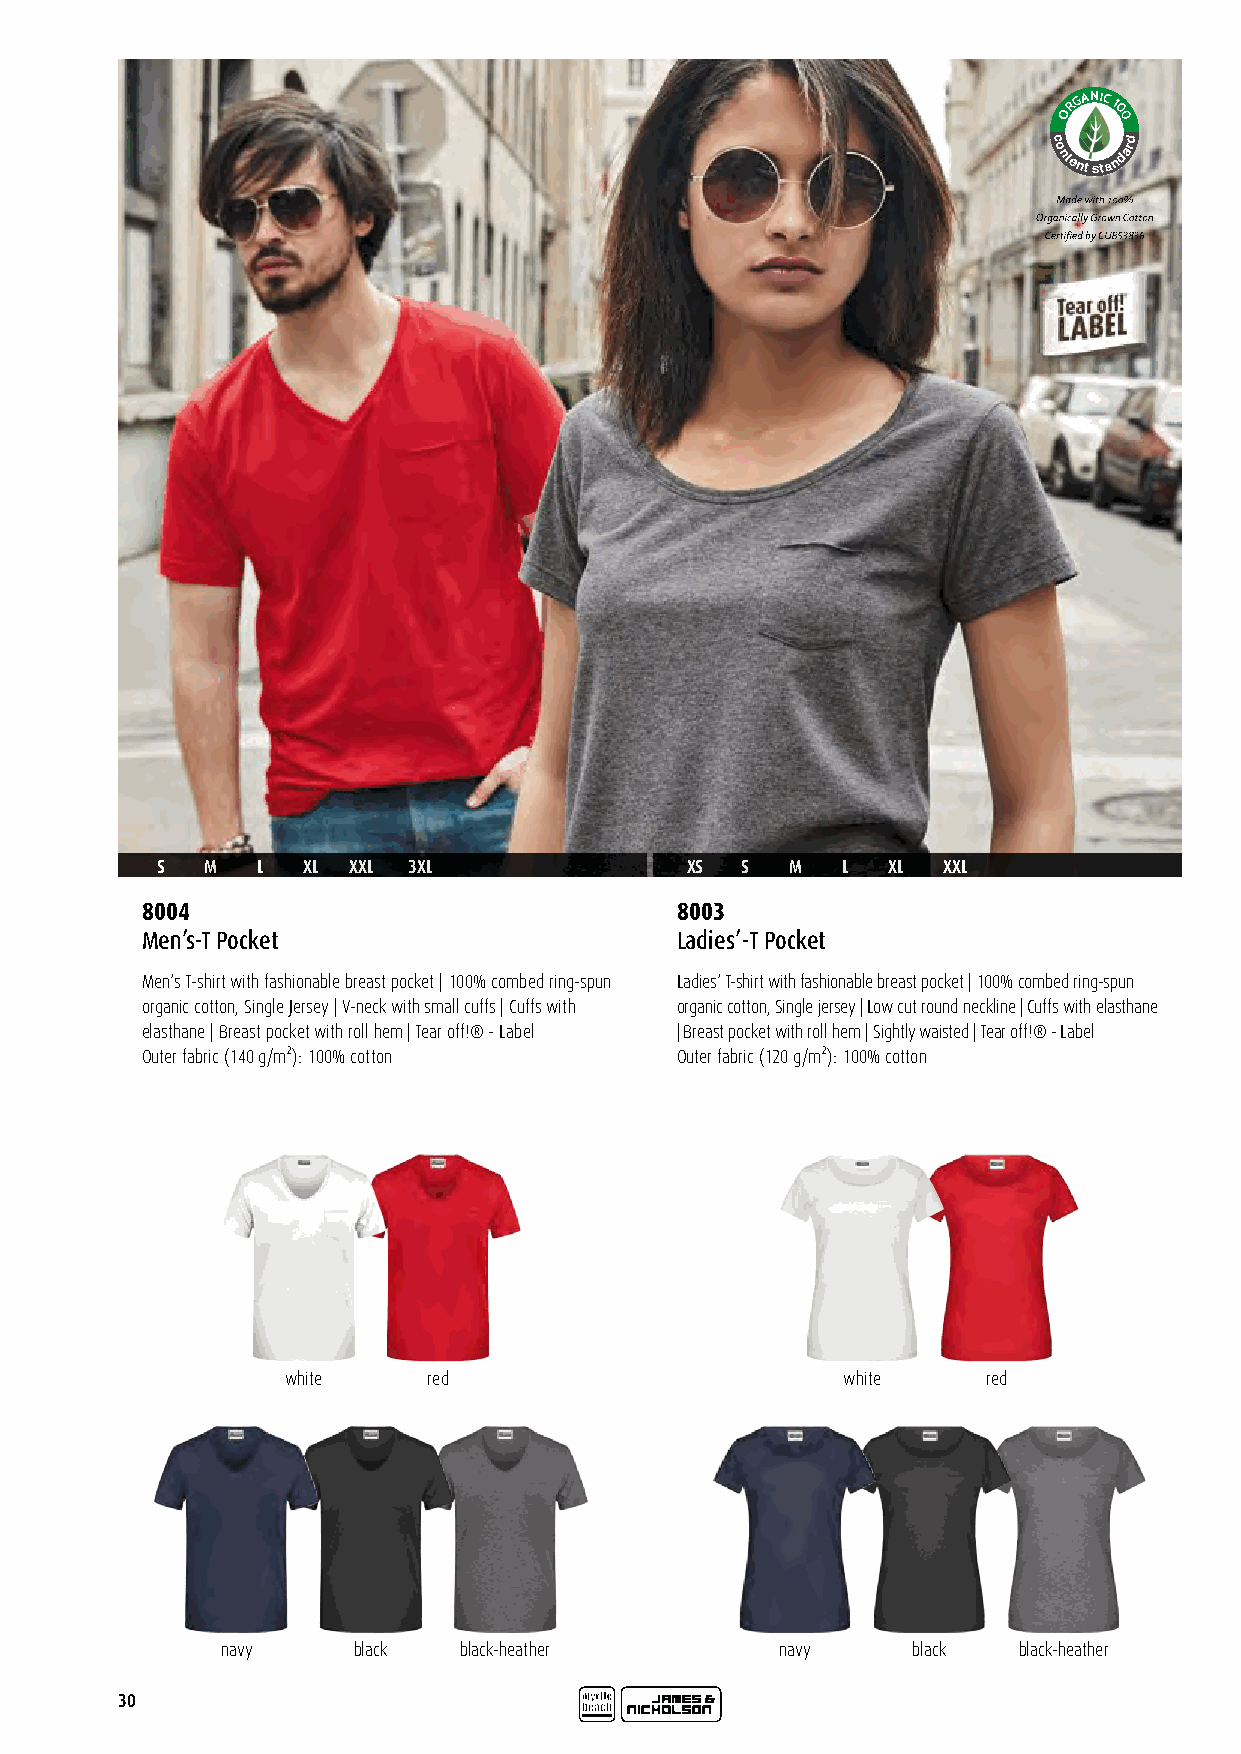
RGANIC
 1
 O   0
 0
 c
 o
 ntent
 sta
 ndard
 Certified by CU 853836
 S   M  L  XL XXL 3XL               XS  S  M   L  XL XXL
 8004                                8003
 Men’s-T Pocket                      Ladies’-T Pocket
 Men‘s T-shirt with fashionable breast pocket | 100% combed ring-spun Ladies‘ T-shirt with fashionable breast pocket | 100% combed ring-spun
 organic cotton, Single Jersey | V-neck with small cuffs | Cuffs with organic cotton, Single jersey | Low cut round neckline | Cuffs with elasthane
 elasthane | Breast pocket with roll hem | Tear off!® - Label | Breast pocket with roll hem | Sightly waisted | Tear off!® - Label
 Outer fabric (140 g/m²): 100% cotton Outer fabric (120 g/m²): 100% cotton
 white    red                         white    red
 navy    black  black-heather         navy    black  black-heather
 30